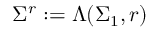
\Sigma ^ { r } : = \Lambda ( \Sigma _ { 1 } , r )